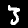
Digit: 3